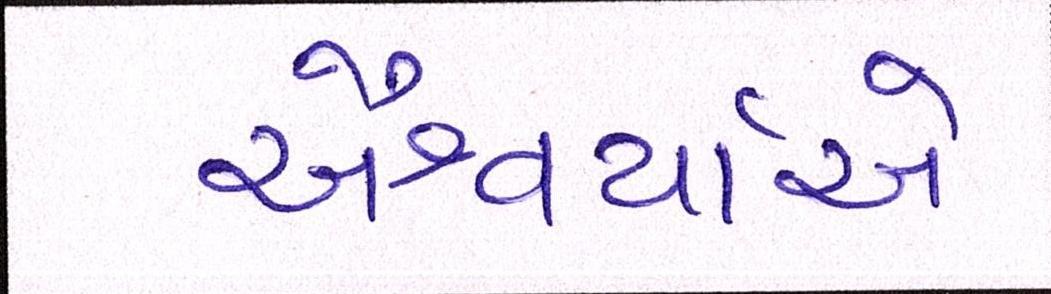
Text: ઐશ્વર્યાએ